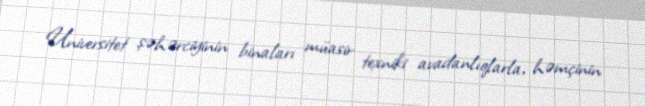
Universitet şəhərciyinin binaları müasir texniki avadanlıqlarla, həmçinin